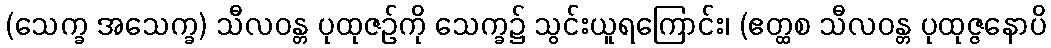
(သေက္ခ အသေက္ခ) သီလဝန္တ ပုထုဇဉ်ကို သေက္ခ၌ သွင်းယူရကြောင်း၊ (ဧတ္ထစ သီလဝန္တ ပုထုဇ္ဇနောပိ